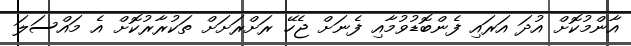
އާންމުކޮށް އުދަ އަރައި ފެންބޮޑުވުމާއި ފެނަށް ޖެހޭ ރަށްރަށަށް ތަކުރާރުކޮށް އެ މައްސަލަ